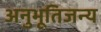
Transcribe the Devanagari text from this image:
अनुभूतिजन्य